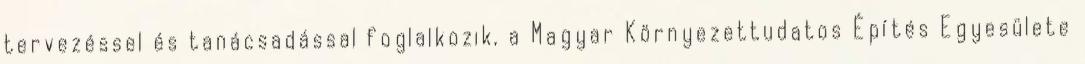
tervezéssel és tanácsadással foglalkozik, a Magyar Környezettudatos Építés Egyesülete